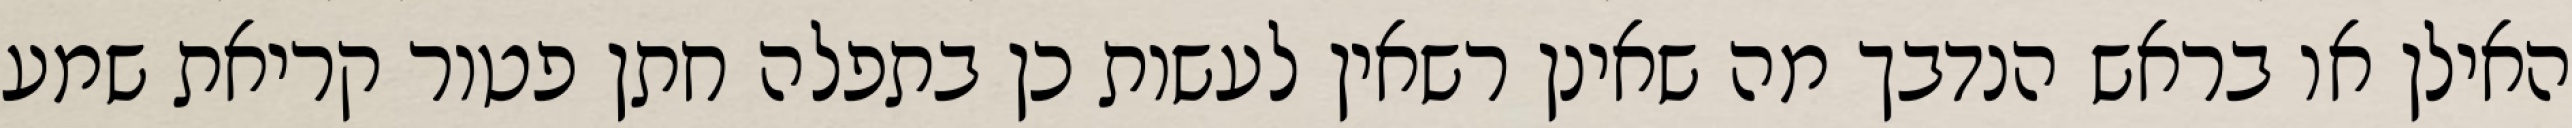
האילן או בראש הנדבך מה שאינן רשאין לעשות כן בתפלה חתן פטור קריאת שמע